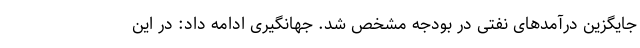
جایگزین درآمدهای نفتی در بودجه مشخص شد. جهانگیری ادامه داد: در این